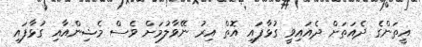
އީތަންގެ ދެއަތަށް ދެއައިވީ ގުޅާފައި އޮތް އިރު ނޭވާލުމަށް ވެސް މެޝިންއާއި ގުޅާފައި